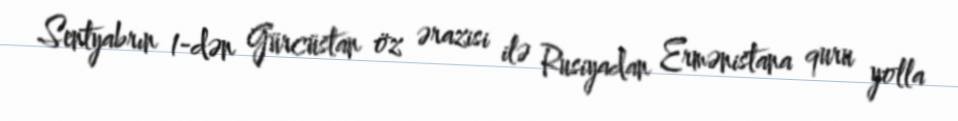
Sentyabrın 1-dən Gürcüstan öz ərazisi ilə Rusiyadan Ermənistana quru yolla